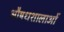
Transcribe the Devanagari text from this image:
औषधशालाओं